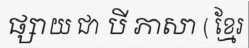
ផ្សាយ ជា បី ភាសា ( ខ្មែរ